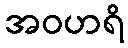
အဝဟရိ